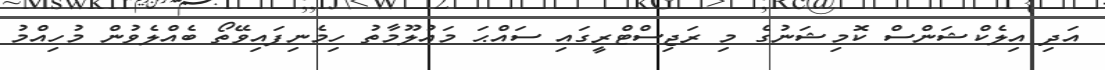
އަދި އިލެކްޝަންސް ކޮމިޝަނުގެ މި ރަޖިސްޓްރީގައި ސައްޙަ މައުލޫމާތު ހިމެނިފައިވޭތޯ ބެއްލެވުން މުހިއްމު